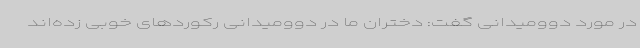
در مورد دوومیدانی گفت: دختران ما در دوومیدانی رکوردهای خوبی زده‌اند